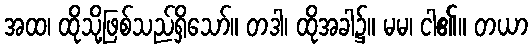
အထ၊ ထိုသို့ဖြစ်သည်ရှိသော်။ တဒါ၊ ထိုအခါ၌။ မမ၊ ငါ၏။ တယာ